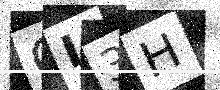
Text: QI3H